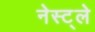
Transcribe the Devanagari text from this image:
नेस्ट्ले